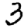
Digit: 3